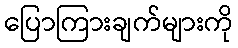
ပြောကြားချက်များကို